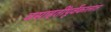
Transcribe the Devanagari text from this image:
वसाहतींपूर्वकालात